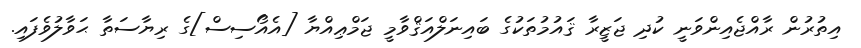
އިތުރުން ރާއްޖެއިންވަނީ ކުދި ޖަޒީރާ ޤައުމުތަކުގެ ބައިނަލްއަޤްވާމީ ޖަމްޢިއްޔާ [އެއޯސިސް]ގެ ރިޔާސަތާ ޙަވާލުވެފައި.